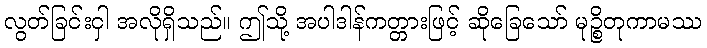
လွတ်ခြင်းငှါ အလိုရှိသည်။ ဤသို့ အပါဒါန်ကတ္တားဖြင့် ဆိုခြေသော် မုဉ္စိတုကာမဿ